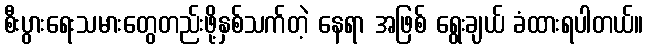
စီးပွားရေးသမားတွေတည်းဖို့နှစ်သက်တဲ့ နေရာ အဖြစ် ရွေးချယ် ခံထားရပါတယ်။